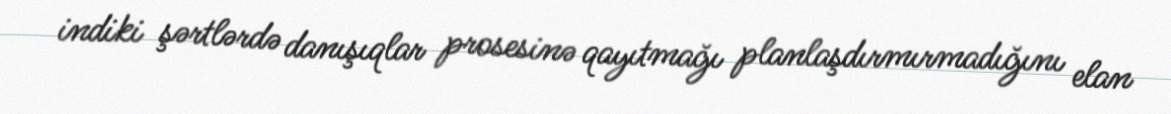
indiki şərtlərdə danışıqlar prosesinə qayıtmağı planlaşdırmırmadığını elan